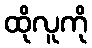
ထိုလူကို